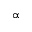
\propto